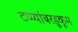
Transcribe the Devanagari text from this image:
टप्प्यांबरहुकूम